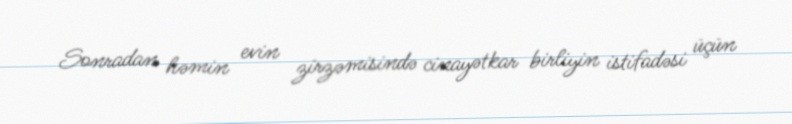
Sonradan həmin evin zirzəmisində cinayətkar birliyin istifadəsi üçün